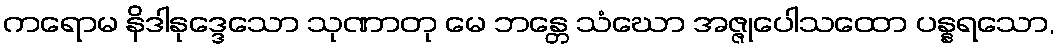
ကရောမ နိဒါနုဒ္ဒေသော သုဏာတု မေ ဘန္တေ သံဃော အဇ္ဇုပေါသထော ပန္နရသော,